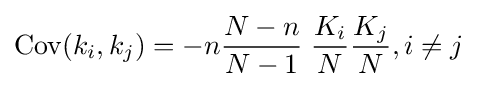
\operatorname {Cov} (k_{i},k_{j})=-n{\frac {N-n}{N-1}}\;{\frac {K_{i}}{N}}{\frac {K_{j}}{N}},i\neq j